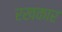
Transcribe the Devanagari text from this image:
रखकार